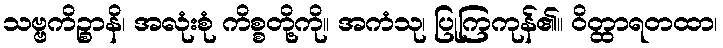
သဗ္ဗကိဉ္စာနိ၊ အလုံးစုံ ကိစ္စတို့ကို။ အကံသု၊ ပြုကြကုန်၏။ ဝိတ္ထာရတထာ၊